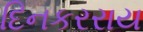
દિનકરરાય